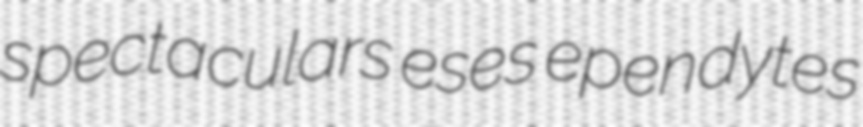
spectaculars eses ependytes